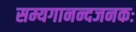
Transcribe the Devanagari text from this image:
सम्यगानन्दजनकः